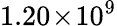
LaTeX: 1.20\! \times\! 10^{9}